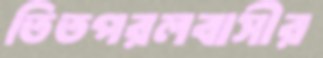
তিতপরলবাসীর